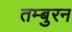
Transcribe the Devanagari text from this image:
तम्बुरन